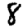
Digit: 8